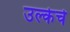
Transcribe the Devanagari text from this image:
उल्केचे